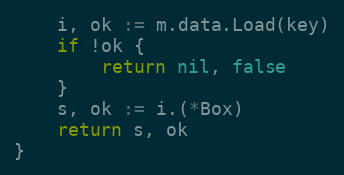
Language: Go
	i, ok := m.data.Load(key)
	if !ok {
		return nil, false
	}
	s, ok := i.(*Box)
	return s, ok
}